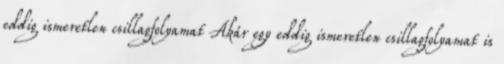
eddig ismeretlen csillagfolyamat Akár egy eddig ismeretlen csillagfolyamat is